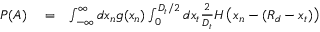
\begin{array} { r l r } { P ( A ) } & { { } = } & { \int _ { - \infty } ^ { \infty } d x _ { n } g ( x _ { n } ) \int _ { 0 } ^ { D _ { t } / 2 } d x _ { t } \frac { 2 } { D _ { t } } H \left( x _ { n } - ( R _ { d } - x _ { t } ) \right) } \end{array}